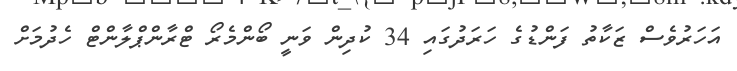
އަހަރުވެސް ޒަކާތު ފަންޑުގެ ހަރަދުގައި 34 ކުދިން ވަނީ ބޯންމެރޯ ޓްރާންޕްލާންޓް ހެދުމަށް